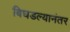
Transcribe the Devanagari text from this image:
बिघडल्यानंतर